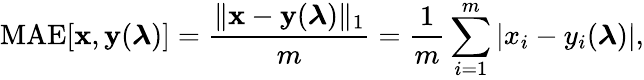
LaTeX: \mathrm{MAE}[\mathbf{x},\mathbf{y}(\boldsymbol{\lambda})]=\frac{\| \mathbf{x}-\mathbf{y}(\boldsymbol{\lambda})\| _{1}}{m}=\frac{1}{m}\sum_{i=1}^{m}|x_{i}-y_{i}(\boldsymbol{\lambda})|,